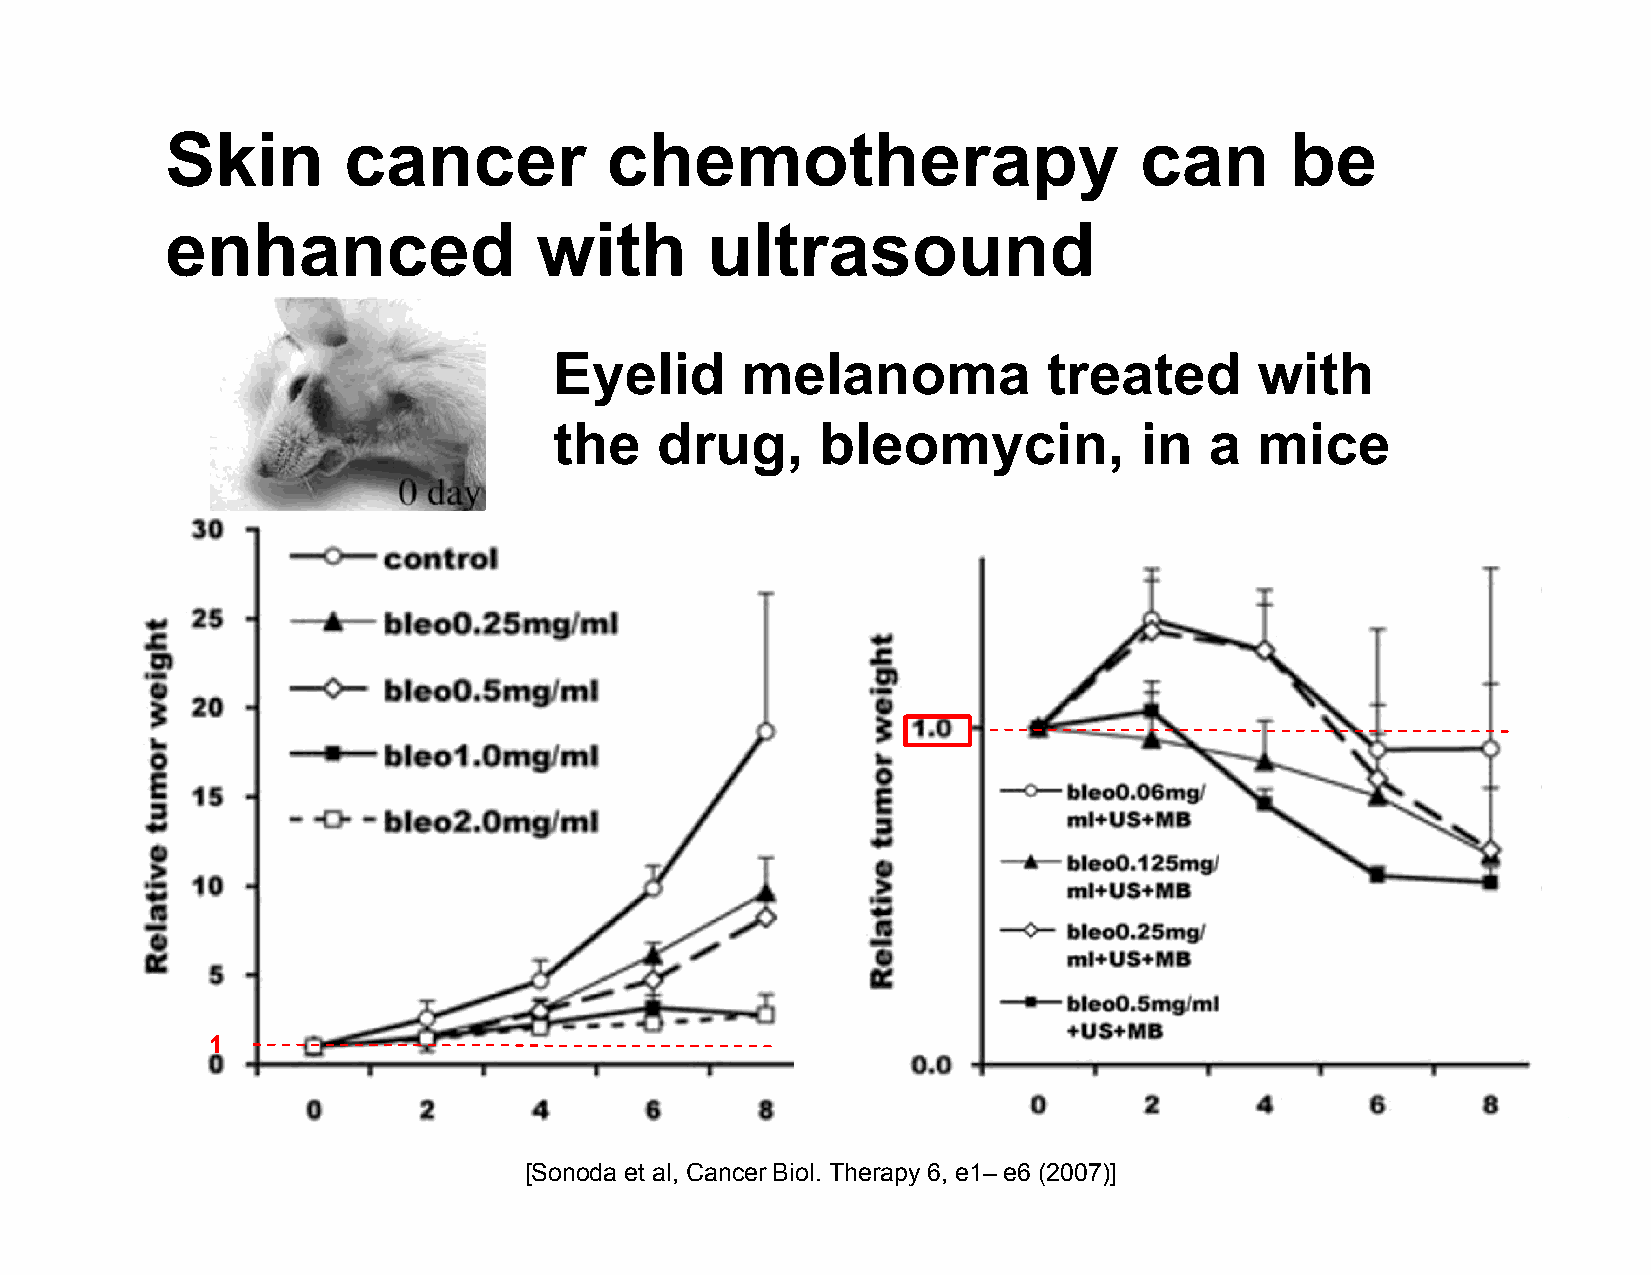
Skin        cancer           chemotherapy                       can       be
 enhanced                with        ultrasound
 Eyelid      melanoma            treated       with
 the   drug,      bleomycin,           in   a  mice
 1
 [Sonoda et al, Cancer Biol. Therapy 6, e1‒ e6 (2007)]